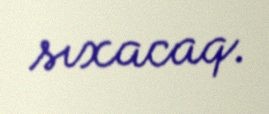
sıxacaq.